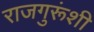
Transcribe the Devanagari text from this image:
राजगुरूंशी